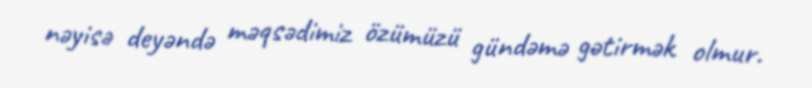
nəyisə deyəndə məqsədimiz özümüzü gündəmə gətirmək olmur.